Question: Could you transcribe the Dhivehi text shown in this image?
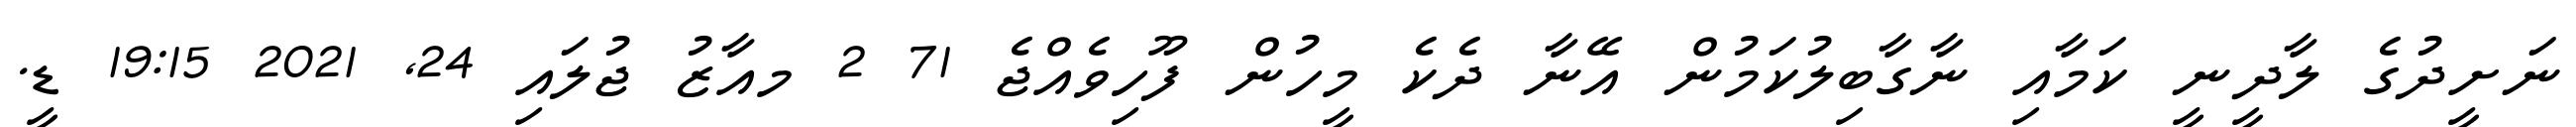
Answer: ނަށީދުގެ ލާދީނީ ކަމާއި ނާގާބިލުކަމުން އޭނާ ދެކެ މީހުން ފޫހިވެއްޖެ 71 2 މއާޒު ޖުލައި 24, 2021 19:15 ޑީ.